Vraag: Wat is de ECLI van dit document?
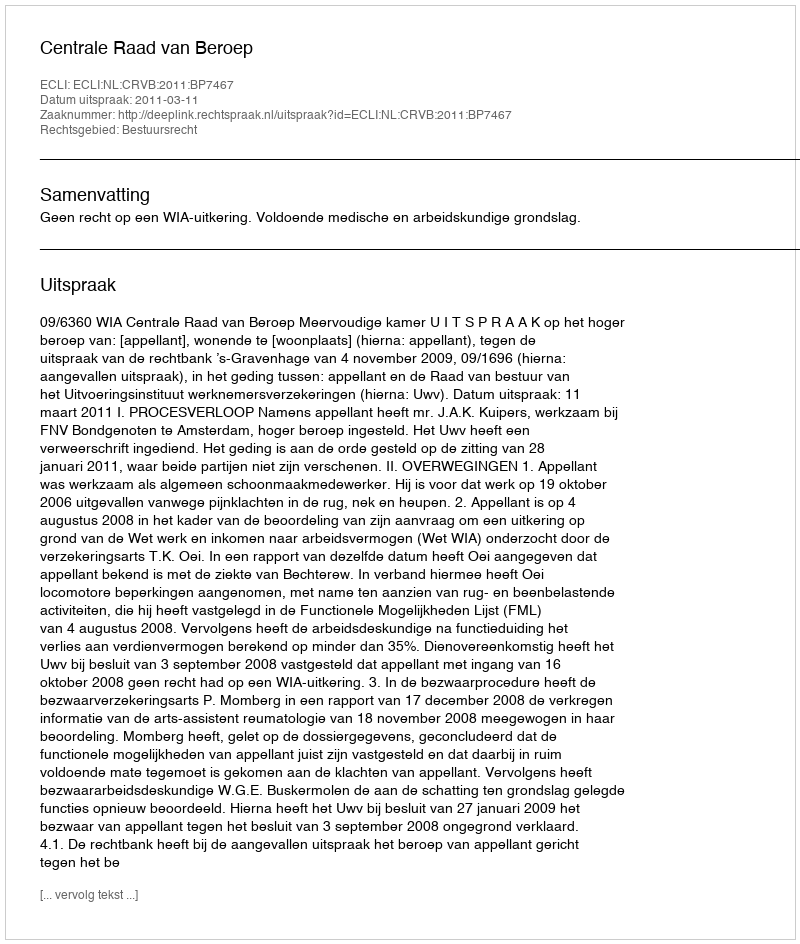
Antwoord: ECLI:NL:CRVB:2011:BP7467